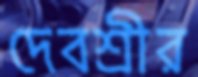
দেবশ্রীর